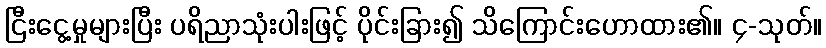
ငြီးငွေ့မှုများပြီး ပရိညာသုံးပါးဖြင့် ပိုင်းခြား၍ သိကြောင်းဟောထား၏။ ၄-သုတ်။